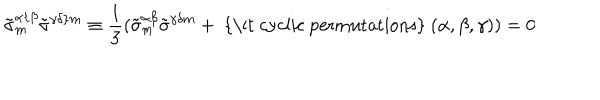
LaTeX: \tilde { \sigma } _ { { m } } ^ { \alpha \{ \beta } \tilde { \sigma } ^ { \gamma \delta \} { m } } \equiv { \frac { 1 } { 3 } } ( \tilde { \sigma } _ { { m } } ^ { \alpha \beta } \tilde { \sigma } ^ { \gamma \delta { m } } + \mathrm { ~ { \it ~ c y c l i c ~ p e r m u t a t i o n s } ~ } ( \alpha , \beta , \gamma ) ) = 0